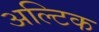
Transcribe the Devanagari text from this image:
अल्टिक